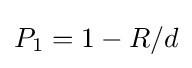
P_{1}=1-R/d